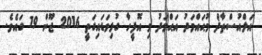
އަލްއުސްތާޛް މުޙައްމަދު އަޙްމަދު މި އޮފީހާ ގުޅިވަޑައިގަތީ 2016 ޖޫން 19 ގައެވެ.